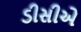
ડીસીએ